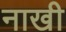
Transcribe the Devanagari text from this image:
नाखी